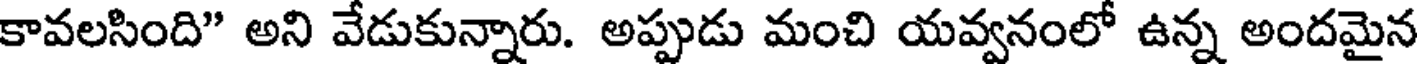
కావలసింది" అని వేడుకున్నారు. అప్పుడు మంచి యవ్వనంలో ఉన్న అందమైన